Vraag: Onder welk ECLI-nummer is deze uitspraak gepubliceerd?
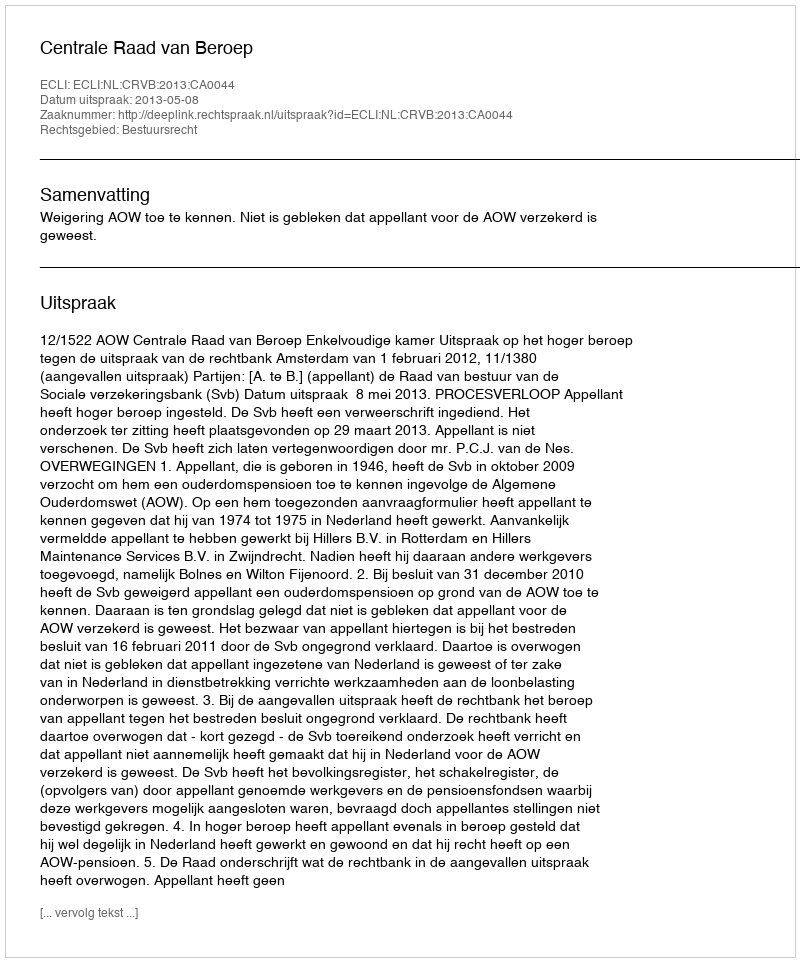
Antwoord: ECLI:NL:CRVB:2013:CA0044